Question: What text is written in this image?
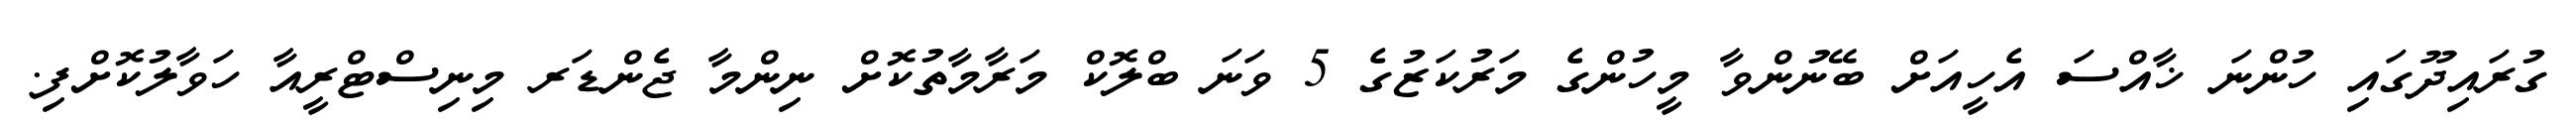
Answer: ގުރައިދޫގައި ހުންނަ ޚާއްސަ އެހީއަށް ބޭނުންވާ މީހުންގެ މަރުކަޒުގެ 5 ވަނަ ބްލޮކް މަރާމާތުކޮށް ނިންމާ ޖެންޑަރ މިނިސްޓްރީއާ ހަވާލުކޮށްފި.